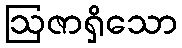
ဩဇာရှိသော